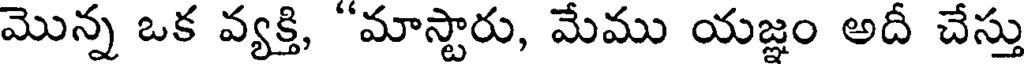
మొన్న ఒక వ్యక్తి, "మాస్టారు, మేము యజ్ఞం అదీ చేస్తు